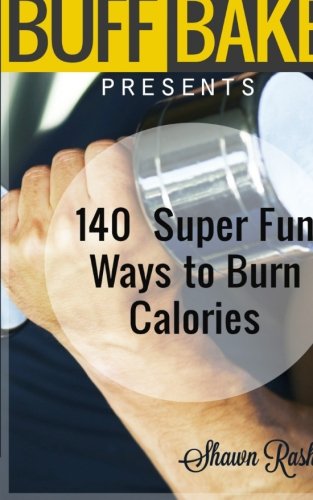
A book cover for The Buff Baker Presents: 140 Super Fun Ways to  Burn Calories (The Buff Baker Fitness & Health Series); Shawn Rashid; Health, Fitness & Dieting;